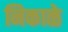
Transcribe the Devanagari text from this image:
निकाळे